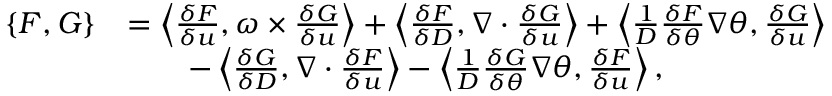
\begin{array} { r l } { \{ F , G \} } & { = \left\langle \frac { \delta F } { \delta u } , \omega \times \frac { \delta G } { \delta u } \right\rangle + \left\langle \frac { \delta F } { \delta D } , \nabla \cdot \frac { \delta G } { \delta u } \right\rangle + \left\langle \frac { 1 } { D } \frac { \delta F } { \delta \theta } \nabla \theta , \frac { \delta G } { \delta u } \right\rangle } \\ & { \qquad - \left\langle \frac { \delta G } { \delta D } , \nabla \cdot \frac { \delta F } { \delta u } \right\rangle - \left\langle \frac { 1 } { D } \frac { \delta G } { \delta \theta } \nabla \theta , \frac { \delta F } { \delta u } \right\rangle , } \end{array}